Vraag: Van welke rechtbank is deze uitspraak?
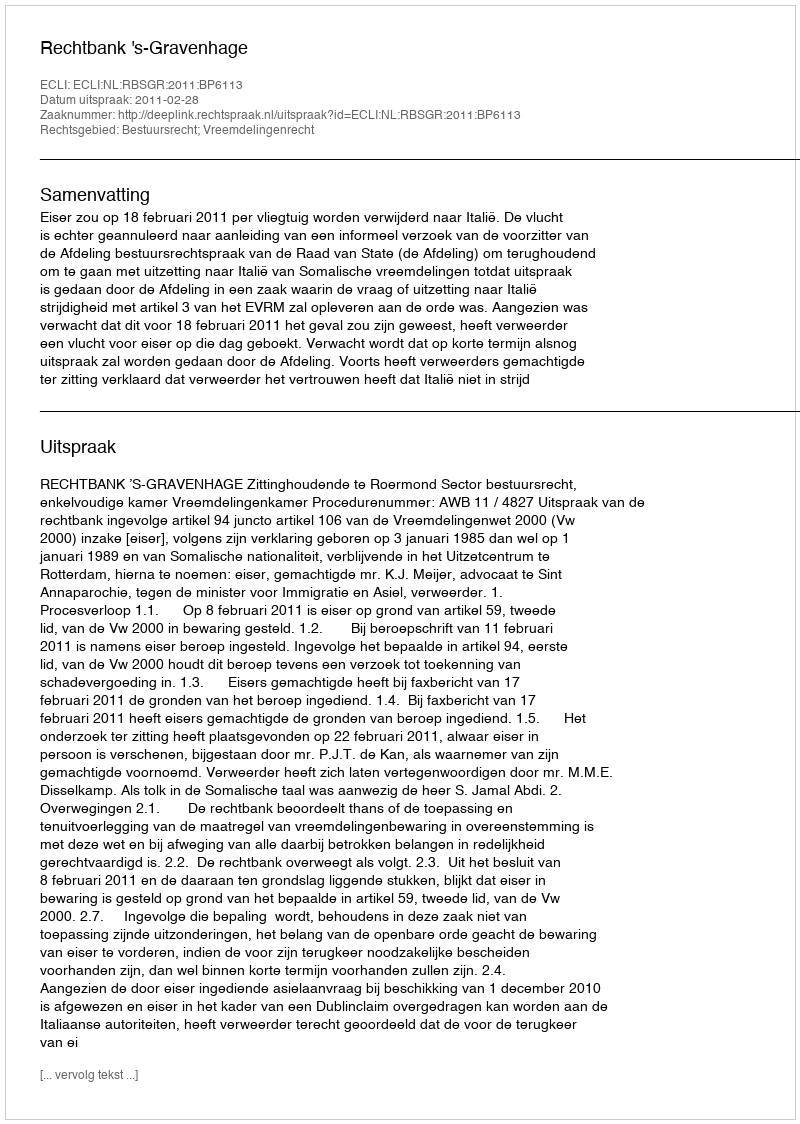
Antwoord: Rechtbank 's-Gravenhage